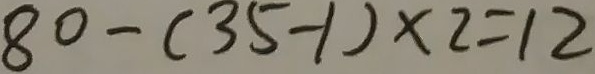
8 0 - ( 3 5 - 1 ) \times 2 = 1 2